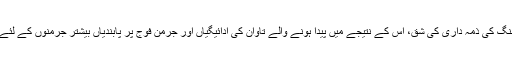
مثال کے طور پر، جنگ کی ذمہ داری کی شق، اس کے نتیجے میں پیدا ہونے والے تاوان کی ادائيگیاں اور جرمن فوج پر پابندیاں بیشتر جرمنوں کے لئے ناقابل برداشت تھیں۔